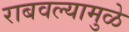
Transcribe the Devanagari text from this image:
राबवल्यामुळे